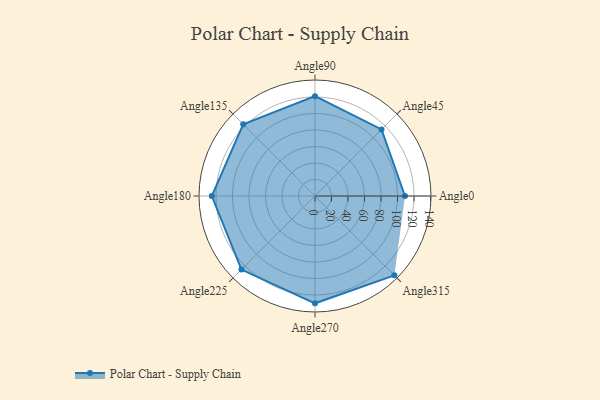
{"axis": {"x": "Angle", "y": "Radius"}, "legend": [""], "data": [{"x": "Angle0", "y": 109.0, "type": ""}, {"x": "Angle45", "y": 114.0, "type": ""}, {"x": "Angle90", "y": 121.0, "type": ""}, {"x": "Angle135", "y": 123.0, "type": ""}, {"x": "Angle180", "y": 125.0, "type": ""}, {"x": "Angle225", "y": 126.0, "type": ""}, {"x": "Angle270", "y": 130.0, "type": ""}, {"x": "Angle315", "y": 136.0, "type": ""}]}